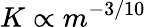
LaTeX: K\propto m^{-3/10}